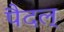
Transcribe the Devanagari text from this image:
पैदल्